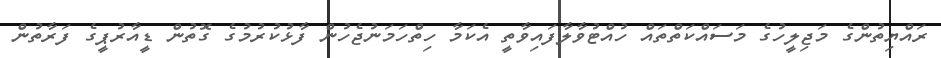
ރައްޔިތުންގެ މަޖިލީހުގެ މަސައްކަތްތައް ހުއްޓުވާލާފައިވާތީ އެކަމާ ހިތްހަމަނުޖެހުން ފާޅުކުރުމުގެ ގޮތުން ޑީއާރުޕީގެ ފަރާތުން